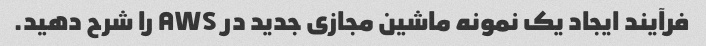
فرآیند ایجاد یک نمونه ماشین مجازی جدید در AWS را شرح دهید.